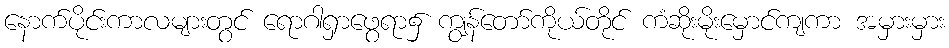
နောက်ပိုင်းကာလများတွင် ရောဂါရှာဖွေရာ၌ ကျွန်တော်ကိုယ်တိုင် ကံဆိုးမိုးမှောင်ကျကာ အမှားမှား